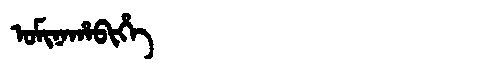
Manchu: ᠣᠮᡳᠨᠠᡥᠠᠪᡳᡥᡝ
Romanization: OMINAHABIHE